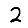
Digit: 2